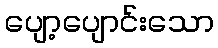
ပျော့ပျောင်းသော